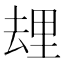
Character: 𰆯